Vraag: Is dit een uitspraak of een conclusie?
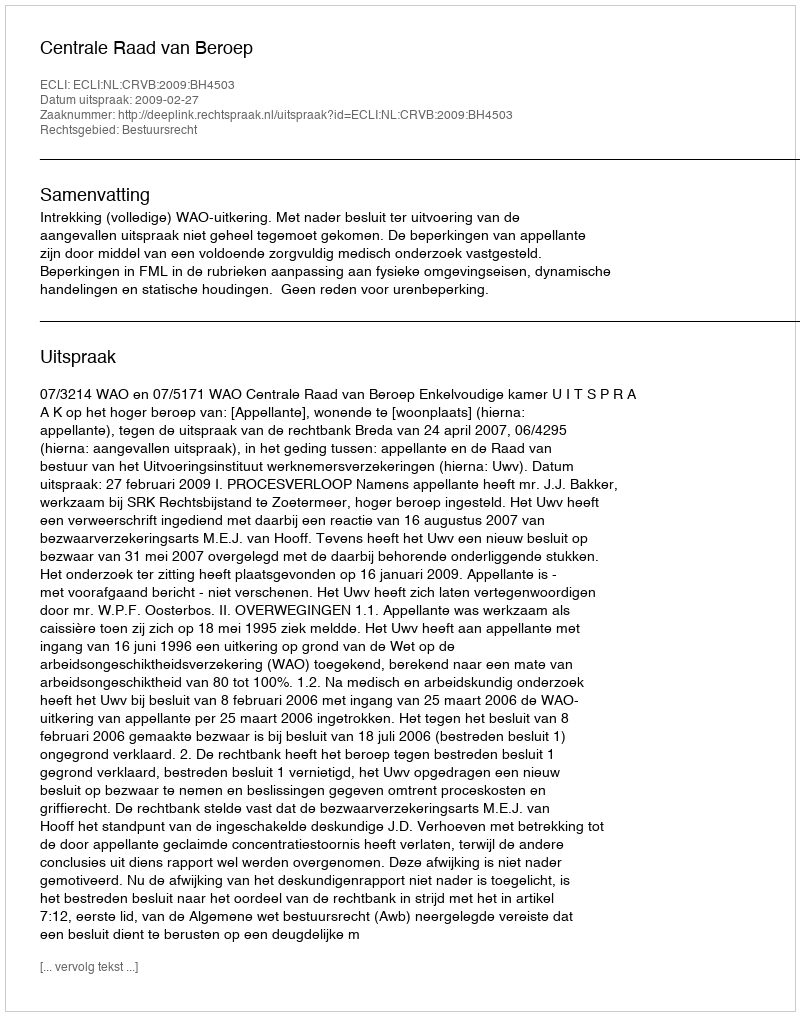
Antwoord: Uitspraak